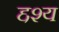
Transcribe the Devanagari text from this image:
द्दश्य